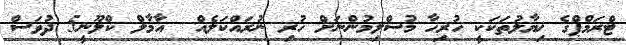
ޓްރަމްޕްގެ ޚިޔާލުތަކަކީ ހުރިހާ މުސްލިމުންނަށް ހުރި ނުރައްކަލެއް  އާމާލް ކްލޫނީ5 ދުވަސް